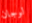
لوجان